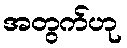
အတွက်ဟု